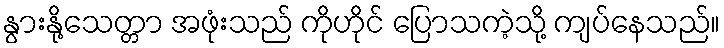
နွားနို့သေတ္တာ အဖုံးသည် ကိုဟိုင် ပြောသကဲ့သို့ ကျပ်နေသည်။